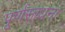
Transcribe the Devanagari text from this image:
पूर्णसाधना